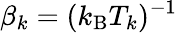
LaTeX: \beta_{k}=(k_{\mathrm{B}}T_{k})^{-1}